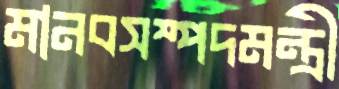
মানবসম্পদমন্ত্রী